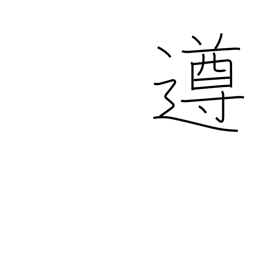
Meaning: abide by